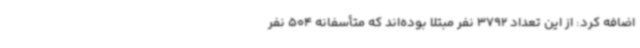
اضافه کرد: از این تعداد 3792 نفر مبتلا بوده‌اند که متأسفانه 504 نفر